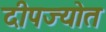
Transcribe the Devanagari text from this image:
दीपज्योत